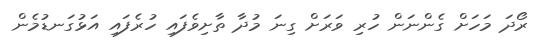
ރޯދަ މަހަށް ގެންނަން ހުރި ވަރަށް ގިނަ މުދާ ތާށިވެފައި ހުރެފައި އަޅުގަނޑުމެން